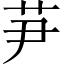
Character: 芛